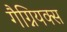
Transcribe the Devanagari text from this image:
गैग्नियक्स